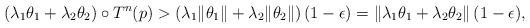
LaTeX: \begin{align*}(\lambda_1 \theta_1 + \lambda_2 \theta_2) \circ T^n (p) > (\lambda_1 \|\theta_1\| + \lambda_2 \|\theta_2\|) \,(1-\epsilon)= \| \lambda_1 \theta_1 + \lambda_2 \theta_2 \| \, (1-\epsilon),\end{align*}